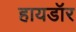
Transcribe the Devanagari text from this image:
हायडॉर